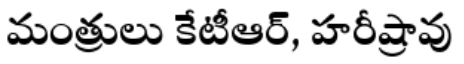
మంత్రులు కేటీఆర్, హరీష్రావు